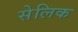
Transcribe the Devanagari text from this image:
सेलिक